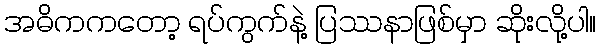
အဓိကကတော့ ရပ်ကွက်နဲ့ ပြဿနာဖြစ်မှာ ဆိုးလို့ပါ။